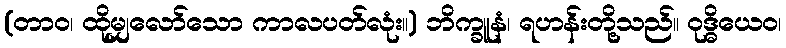
(တာဝ၊ ထိုမျှလော်သော ကာလပတ်လုံး။) ဘိက္ခူနံ၊ ရဟန်းတို့သည်။ ဝုဒ္ဓိယေဝ၊